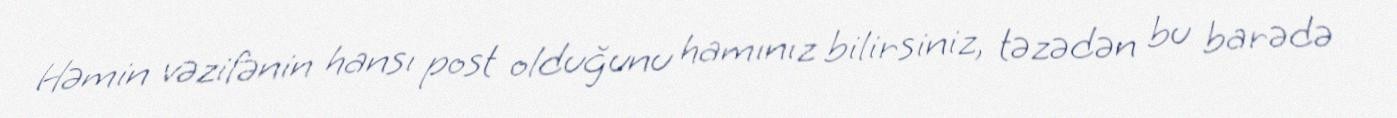
Həmin vəzifənin hansı post olduğunu hamınız bilirsiniz, təzədən bu barədə